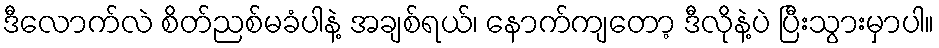
ဒီလောက်လဲ စိတ်ညစ်မခံပါနဲ့ အချစ်ရယ်၊ နောက်ကျတော့ ဒီလိုနဲ့ပဲ ပြီးသွားမှာပါ။